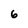
Character: 6